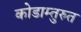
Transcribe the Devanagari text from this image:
कोडाम्तुरुत